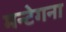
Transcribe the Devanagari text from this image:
मन्टेगना